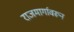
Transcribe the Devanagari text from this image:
राजमार्गावरून